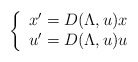
\begin{align*}\left\{\begin{array}{l} x^{\prime}=D(\Lambda,u)x \\ u^{\prime}=D(\Lambda,u)u \end{array}\right. \end{align*}